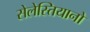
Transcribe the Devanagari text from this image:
सेलेस्तियानो